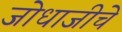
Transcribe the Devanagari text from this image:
जोधाजीचे